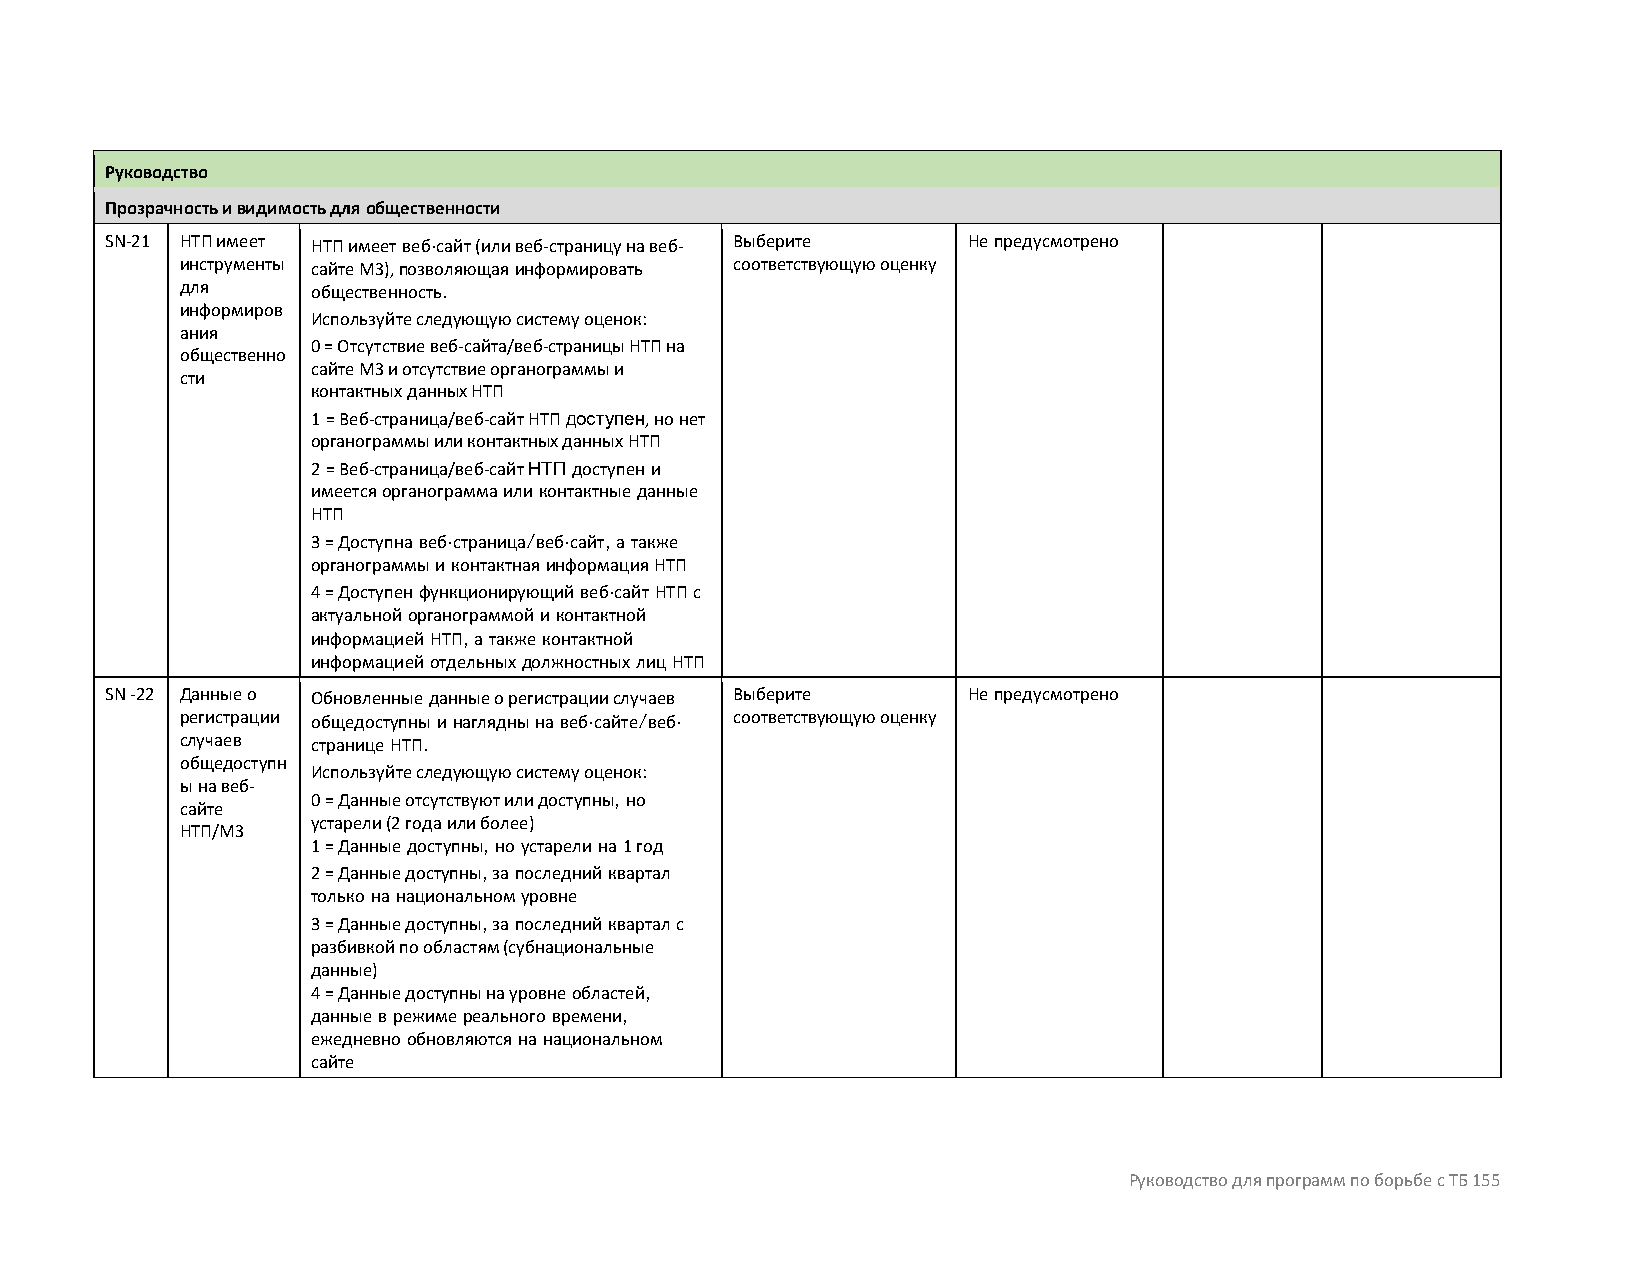
Руководство
 Прозрачность и видимость для общественности
 SN-21 НТП имеет НТП имеет веб-сайт (или веб-страницу на веб- Выберите Не предусмотрено
 инструменты сайте МЗ), позволяющая информировать соответствующую оценку
 для      общественность.
 информиров
 Используйте следующую систему оценок:
 ания
 0 = Отсутствие веб-сайта/веб-страницы НТП на
 общественно
 сайте МЗ и отсутствие органограммы и
 сти
 контактных данных НТП
 1 = Веб-страница/веб-сайт НТП доступен, но нет
 органограммы или контактных данных НТП
 2 = Веб-страница/веб-сайт НТП доступен и
 имеется органограмма или контактные данные
 НТП
 3 = Доступна веб-страница/веб-сайт, а также
 органограммы и контактная информация НТП
 4 = Доступен функционирующий веб-сайт НТП с
 актуальной органограммой и контактной
 информацией НТП, а также контактной
 информацией отдельных должностных лиц НТП
 SN -22 Данные о Обновленные данные о регистрации случаев Выберите Не предусмотрено
 регистрации общедоступны и наглядны на веб-сайте/веб- соответствующую оценку
 случаев  странице НТП.
 общедоступн
 Используйте следующую систему оценок:
 ы на веб-
 0 = Данные отсутствуют или доступны, но
 сайте
 устарели (2 года или более)
 НТП/МЗ
 1 = Данные доступны, но устарели на 1 год
 2 = Данные доступны, за последний квартал
 только на национальном уровне
 3 = Данные доступны, за последний квартал с
 разбивкой по областям (субнациональные
 данные)
 4 = Данные доступны на уровне областей,
 данные в режиме реального времени,
 ежедневно обновляются на национальном
 сайте
 Руководство для программ по борьбе с ТБ 155